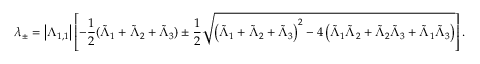
\lambda _ { \pm } = \left| \Lambda _ { 1 , 1 } \right| \left[ - \frac { 1 } { 2 } ( \tilde { \Lambda } _ { 1 } + \tilde { \Lambda } _ { 2 } + \tilde { \Lambda } _ { 3 } ) \pm \frac { 1 } { 2 } \sqrt { \left( \tilde { \Lambda } _ { 1 } + \tilde { \Lambda } _ { 2 } + \tilde { \Lambda } _ { 3 } \right) ^ { 2 } - 4 \left( \tilde { \Lambda } _ { 1 } \tilde { \Lambda } _ { 2 } + \tilde { \Lambda } _ { 2 } \tilde { \Lambda } _ { 3 } + \tilde { \Lambda } _ { 1 } \tilde { \Lambda } _ { 3 } \right) } \right] .